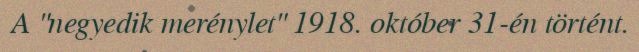
A "negyedik merénylet" 1918. október 31-én történt.